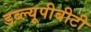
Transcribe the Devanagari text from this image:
डब्ल्यूपीबीटी